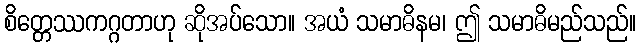
စိတ္တေဿကဂ္ဂတာဟု ဆိုအပ်သော။ အယံ သမာဓိနမ၊ ဤ သမာဓိမည်သည်။